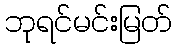
ဘုရင်မင်းမြတ်